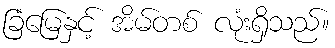
ခြံမြေနှင့် အိမ်တစ် လုံးရှိသည်။